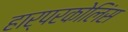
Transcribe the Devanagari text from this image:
हार्परकोलिंस